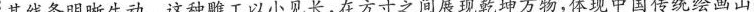
其线条明晰生动。这种雕工以小见长，在方寸之间展现乾坤万物，体现中国传统绘画山